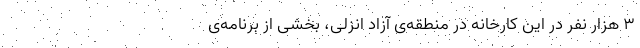
۳ هزار نفر در این کارخانه در منطقه‌ی آزاد انزلی، بخشی از برنامه‌ی